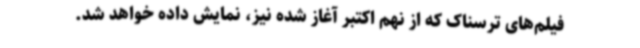
فیلم‌های ترسناک که از نهم اکتبر آغاز شده نیز، نمایش داده خواهد شد.